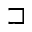
\sqsupset